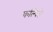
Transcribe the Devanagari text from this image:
कल्पिते